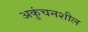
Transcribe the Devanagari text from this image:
अकुंचनशील